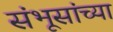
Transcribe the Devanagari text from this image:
संभूसांच्या